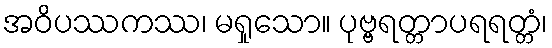
အဝိပဿကဿ၊ မရှုသော။ ပုဗ္ဗရတ္တာပရရတ္တံ၊